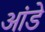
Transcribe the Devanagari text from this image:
आंडे